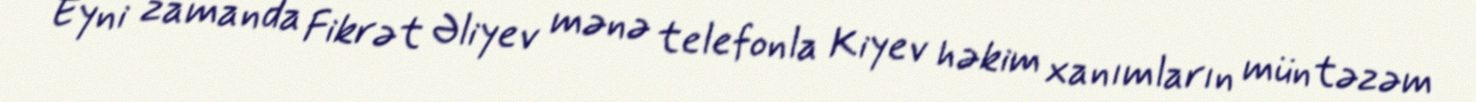
Eyni zamanda Fikrət Əliyev mənə telefonla Kiyev həkim xanımların müntəzəm